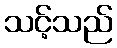
သင့်သည်